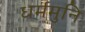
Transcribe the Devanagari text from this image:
धर्ममुनि